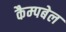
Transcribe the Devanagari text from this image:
कैम्‍पबेल